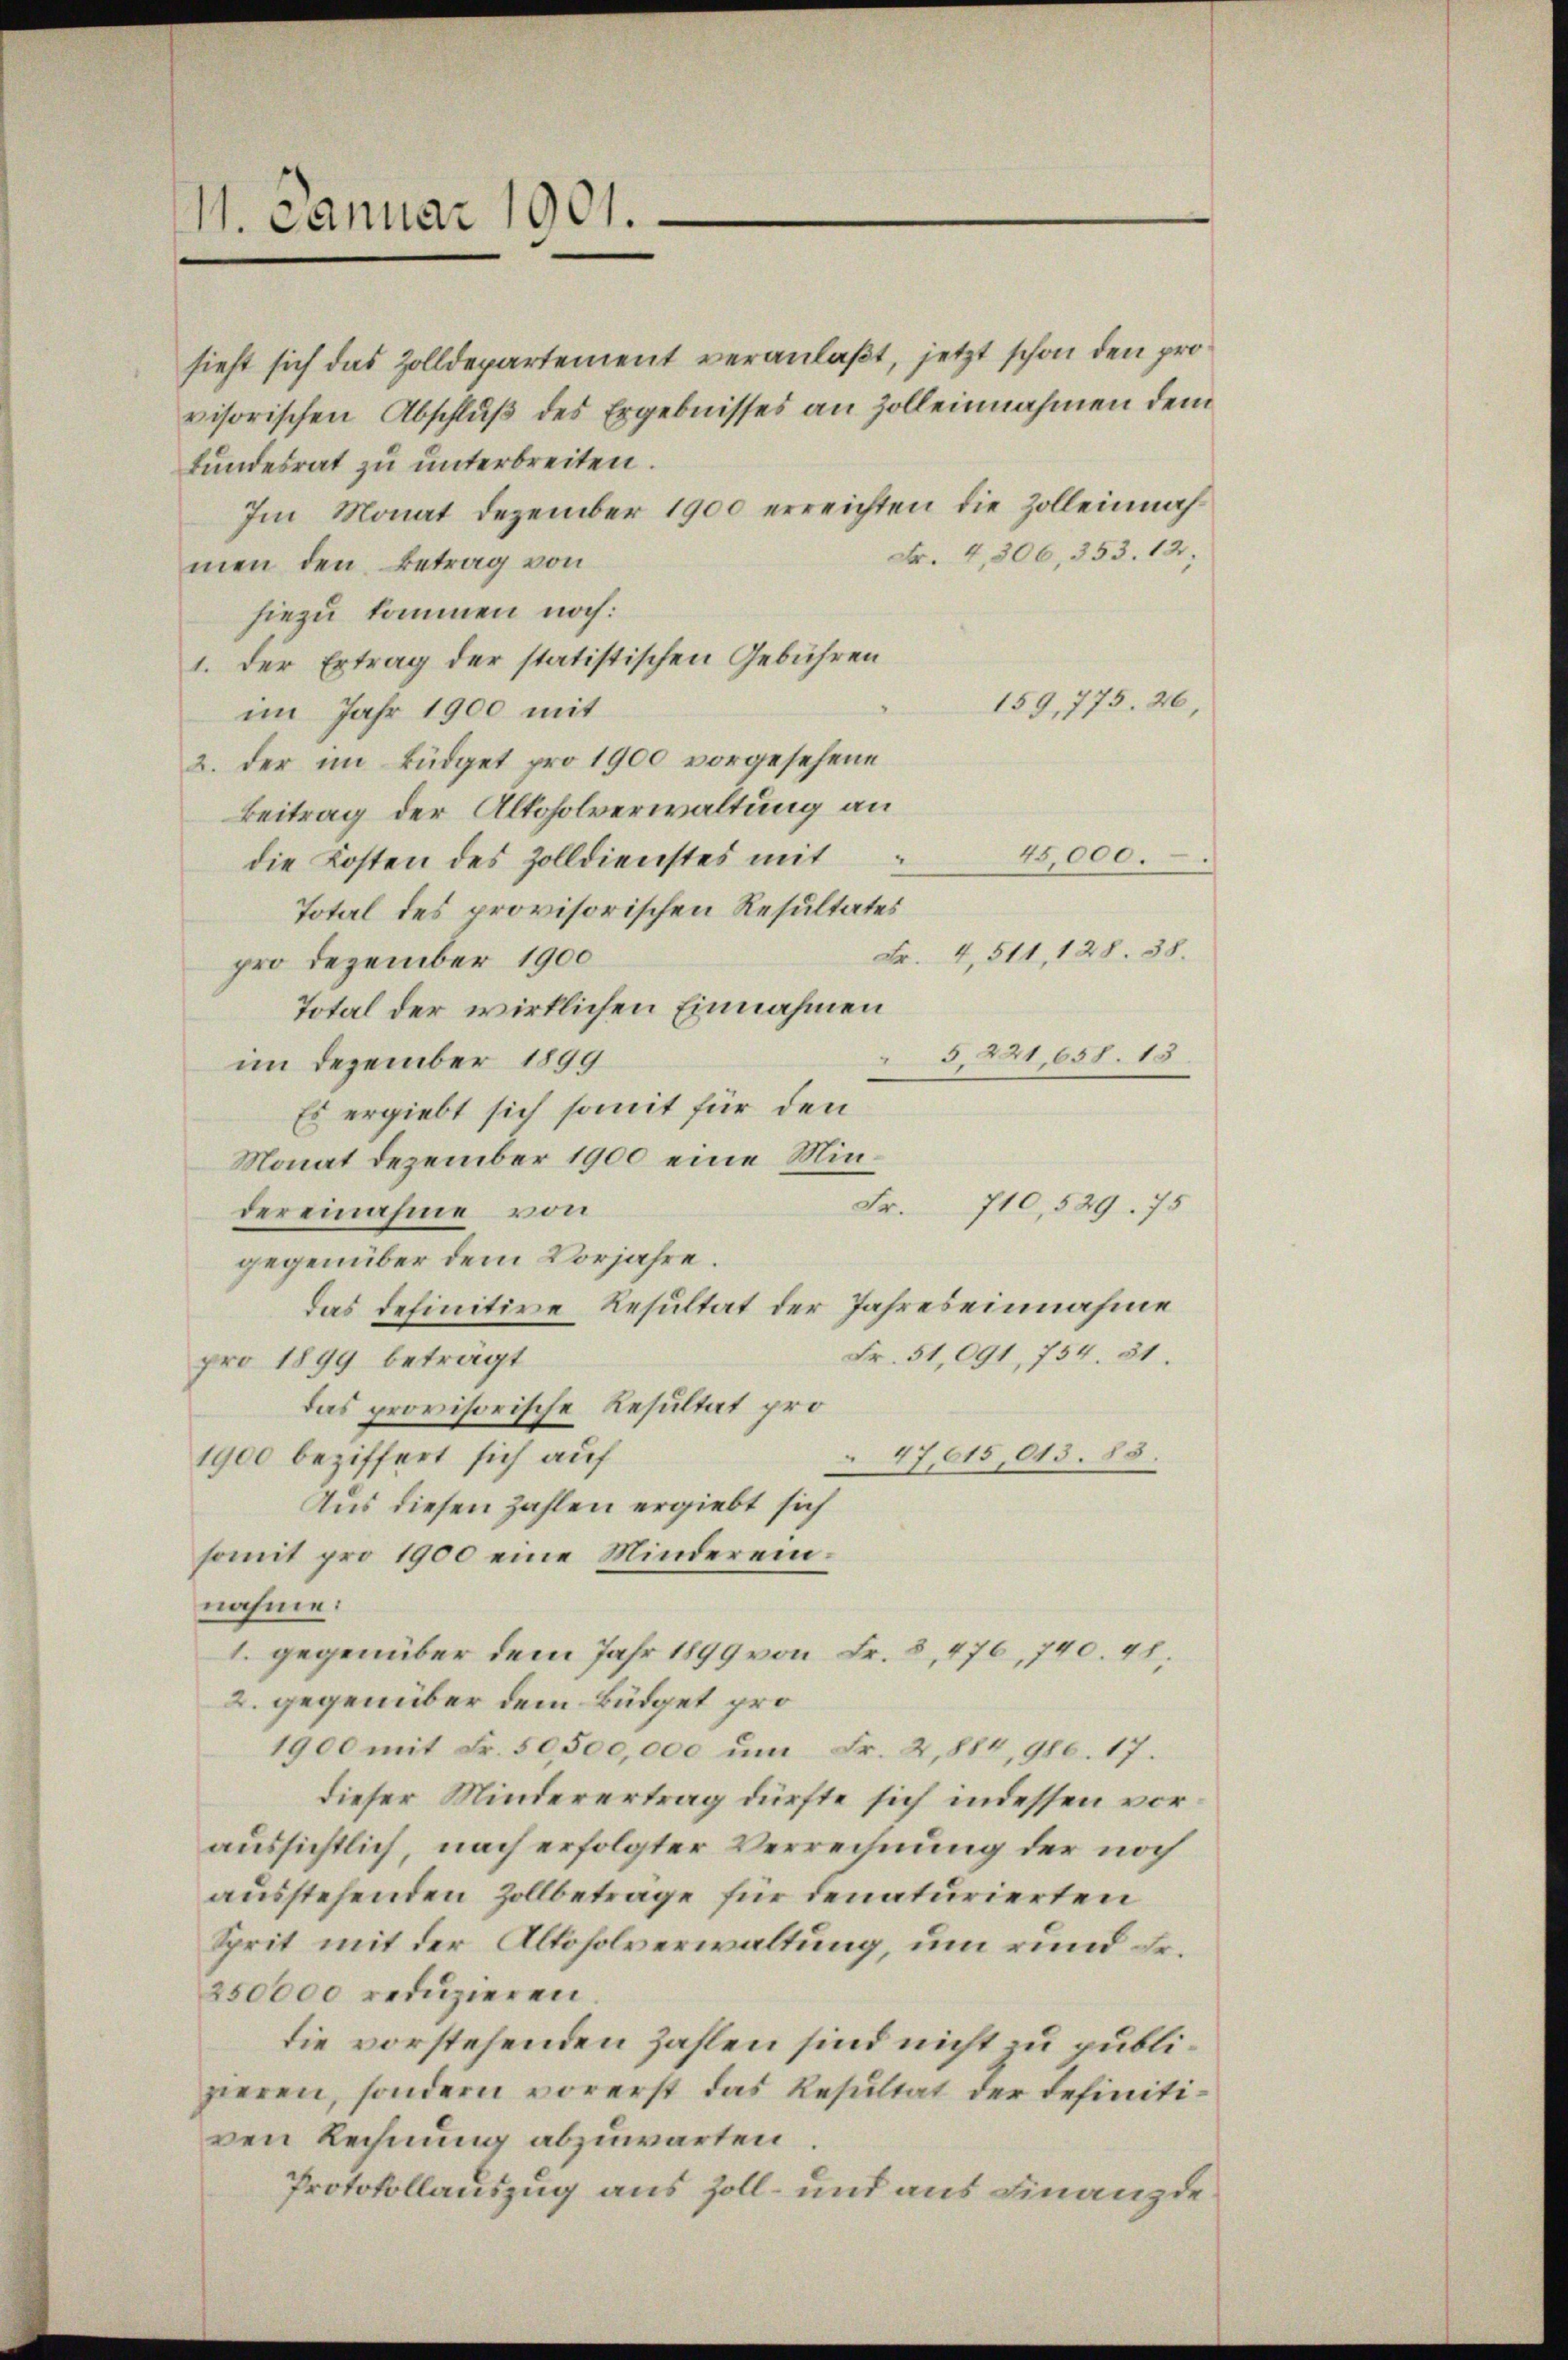
11. Januar 1901.

sieht sich das Zolldepartement veranlaßt, jetzt schon den provisorischen Abschluß des Ergebnisses an Zolleinnahmen dem
fundesrat zu unterbreiten.
Im Monat Dezember 1900 erreichten die Zolleinah¬
Fr. 4, 306, 353. 12;
men den Betrag von
hiezu kommen noch:
1. Der Ertrag der statistischen Gebühren
159, 775. 26,
im Jahr 1900 mit
2. der im Büdget pro 1900 vorgesehene
Beitrag der Altoholverwaltung an
15,000.
die Kosten des Zolldienstes mit
Total des provisorischen Resultates
Fr. 4, 511, 128. 38.
pro Dezember 1900
Total der wirklichen Einnahmen
5,221,658. 13.
im Dezember 1899
Es ergiebt sich somit für den
Monat Dezember 1900 eine Min¬
Fr.
710,529. 75
der einahme von
gegenüber dem Vorjahre.
das definitive Resultat der Jahreseinnahme
Fr. 51,091, 754. 31.
pro 1899 beträgt
das provisorische Resultat pro
47,615,013. 83.
1900 beziffert sich auf
Aus diesen Zahlen ergiebt sich
somit pro 1900 eine Mindereinnahme:
1. gegenüber dem Jahr 1899 von Fr. 8, 476, 740. 41.
2. gegenüber dem Büdget pro¬
1900 mit Fr. 50,500,000 um Fr. 2,884, 960. 17.
dieser Minderertrag dürfte sich indessen voraussichtlich, nach erfolgter Verrechnung der noch
ausstehenden Zollbetrage für denaturierten
Sprit mit der Altoholverwaltung, um rund Fr.
250000 reduzieren.
die vorstehenden Zahlen sind nicht zu publizieren, sondern vorerst das Resultat der definitiven Rechnung abzuwarten
Protokollauszug aus Zoll- und aus Finanzde